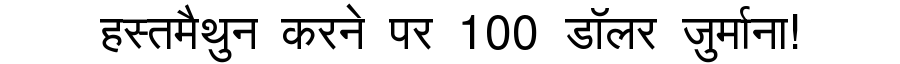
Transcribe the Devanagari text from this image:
हस्तमैथुन करने पर 100 डॉलर जुर्माना!